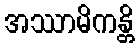
အဿာမိကန္တိ